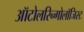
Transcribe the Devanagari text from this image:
ऑटोलरिन्गोलॉजिस्ट